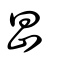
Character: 旵